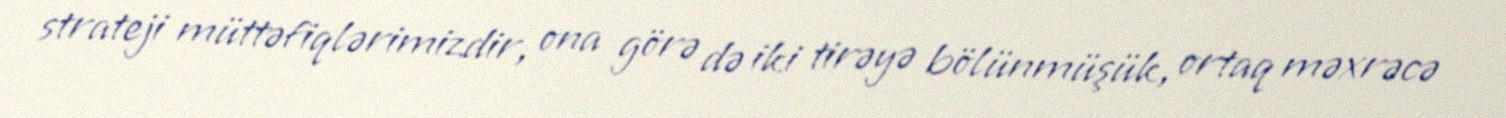
strateji müttəfiqlərimizdir, ona görə də iki tirəyə bölünmüşük, ortaq məxrəcə